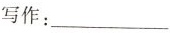
写作：___